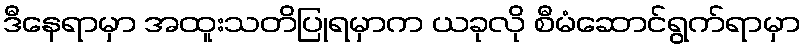
ဒီနေရာမှာ အထူးသတိပြုရမှာက ယခုလို စီမံဆောင်ရွက်ရာမှာ